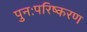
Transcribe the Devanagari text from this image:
पुनःपरिष्करण